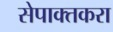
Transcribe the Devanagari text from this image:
सेपाक्तकरा